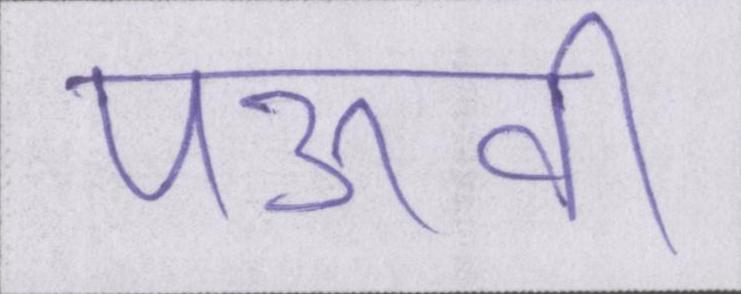
पऊवि